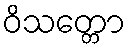
ဝိသတ္တော